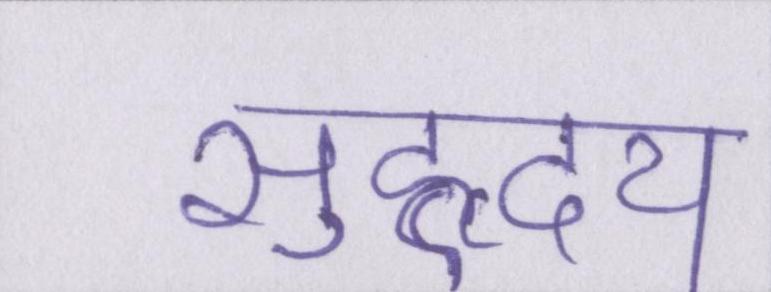
सुहृदय